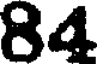
84